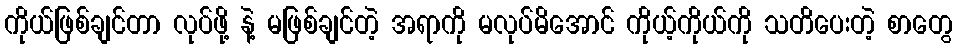
ကိုယ်ဖြစ်ချင်တာ လုပ်ဖို့ နဲ့ မဖြစ်ချင်တဲ့ အရာကို မလုပ်မိအောင် ကိုယ့်ကိုယ်ကို သတိပေးတဲ့ စာတွေ